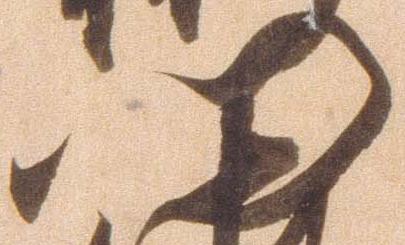
門